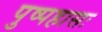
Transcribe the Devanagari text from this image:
पुष्पहासः